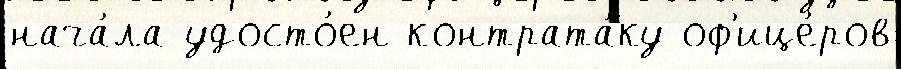
нача́ла удосто́ен контрата́ку оф'ице́ров